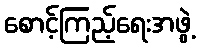
စောင့်ကြည့်ရေးအဖွဲ့